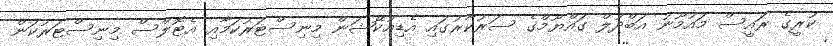
ކުރީގެ ރައީސް މައުމޫނު އަބްދުލް ގައްޔޫމްގެ ސަރުކާރުގައި އެޑިއުކޭޝަން މިނިސްޓަރުކަމާއި އެޓޮލްސް މިނިސްޓަރުކަން